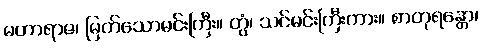
မဟာရာဇ၊ မြတ်သောမင်းကြီး။ တွံ၊ သင်မင်းကြီးကား။ စာတုရန္တော၊